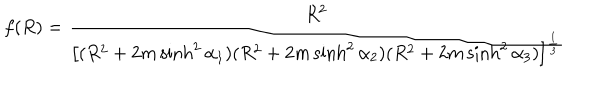
LaTeX: f ( R ) = \frac { R ^ { 2 } } { \left[ ( R ^ { 2 } + 2 m \sinh ^ { 2 } \alpha _ { 1 } ) ( R ^ { 2 } + 2 m \sinh ^ { 2 } \alpha _ { 2 } ) ( R ^ { 2 } + 2 m \sinh ^ { 2 } \alpha _ { 3 } ) \right] ^ { \frac 1 3 } }